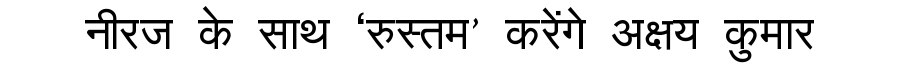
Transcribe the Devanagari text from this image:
नीरज के साथ ‘रुस्तम’ करेंगे अक्षय कुमार